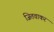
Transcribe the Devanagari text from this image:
जितवाकर